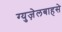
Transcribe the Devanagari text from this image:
ग्युज़ेलबाहसे